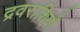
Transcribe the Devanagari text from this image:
द्रवराशियों